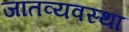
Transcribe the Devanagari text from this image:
जातव्यवस्था